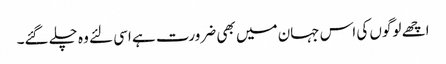
اچھے لوگوں کی اس جہان میں بھی ضرورت ہے اسی لئے وہ چلے گئے۔